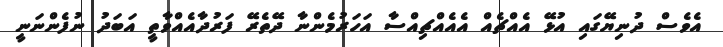
އެވެސް ދުނިޔޭގައި އުޅޭ އެއްޗެއް އެއެއްޗިއްސާ އަހަރުމެންނާ ދޭތެރޭ ފަރުދާއެއްވާތީ އަަބަދު ނުފެންނަނީ